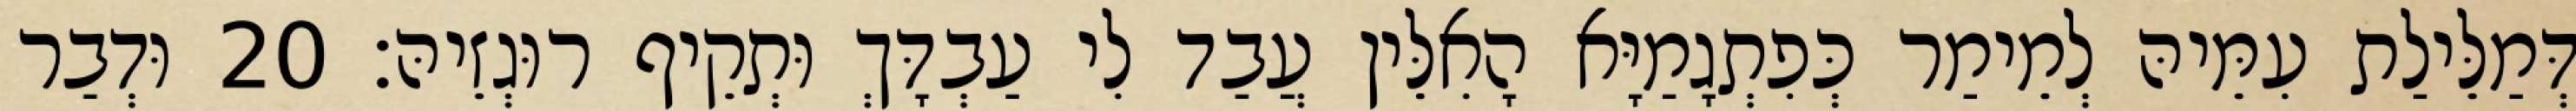
דְּמַלֵּילַת עִמֵּיהּ לְמֵימַר כְּפִתְגָמַיָּא הָאִלֵּין עֲבַד לִי עַבְדָּךְ וּתְקֵיף רוּגְזֵיהּ׃ 20 וּדְבַר